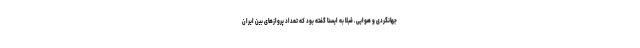
جهانگردی و هوایی ـ قبلا به ایسنا گفته بود که تعداد پروازهای بین ایران